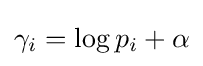
\gamma _{i}=\log p_{i}+\alpha